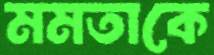
মমতাকে